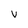
Character: v